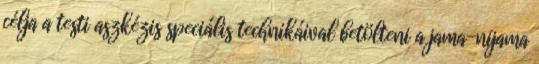
célja a testi aszkézis speciális technikáival betölteni a jama-nijama